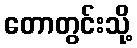
တောတွင်းသို့